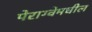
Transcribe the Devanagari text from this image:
पेराग्वेमधील